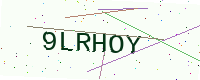
Text: 9LRHOY